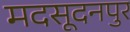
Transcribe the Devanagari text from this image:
मदसूदनपुर